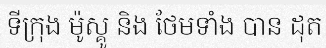
ទីក្រុង ម៉ូស្គូ និង ថែមទាំង បាន ដុត